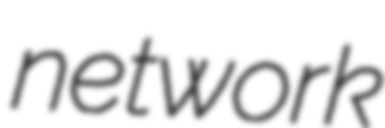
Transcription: network